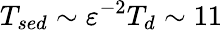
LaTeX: T_{sed}\sim{\varepsilon}^{-2}T_{d}\sim 11